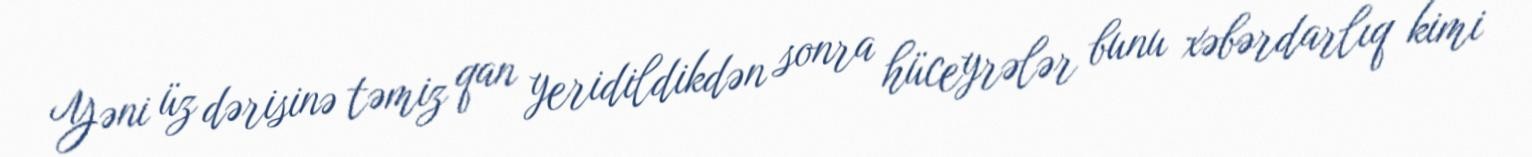
Yəni üz dərisinə təmiz qan yeridildikdən sonra hüceyrələr bunu xəbərdarlıq kimi